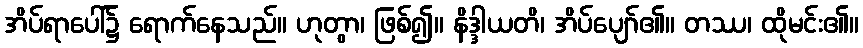
အိပ်ရာပေါ်၌ ရောက်နေသည်။ ဟုတွာ၊ ဖြစ်၍။ နိဒ္ဒါယတိ၊ အိပ်ပျော်၏။ တဿ၊ ထိုမင်း၏။